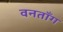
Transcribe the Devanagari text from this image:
वनताँग